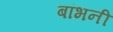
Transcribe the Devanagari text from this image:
बांभनी